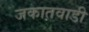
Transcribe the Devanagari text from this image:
जकातवाडी